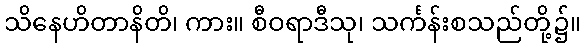
သိနေဟိတာနိတိ၊ ကား။ စီဝရာဒီသု၊ သင်္ကန်းစသည်တို့၌။